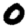
Digit: 0